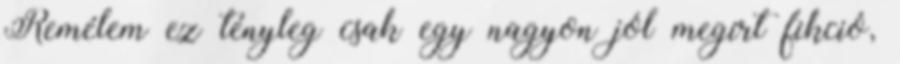
Remélem ez tényleg csak egy nagyon jól megírt fikció,